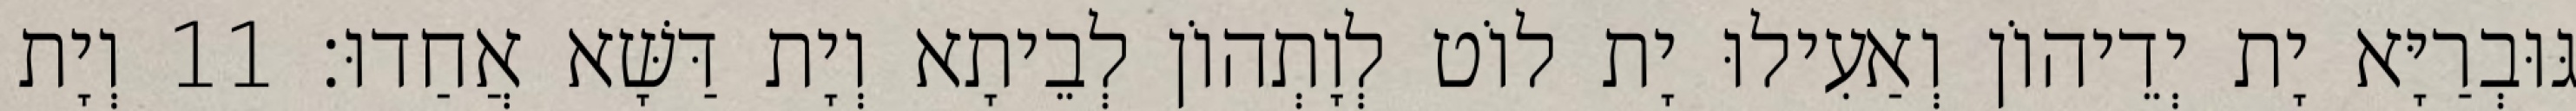
גּוּבְרַיָּא יָת יְדֵיהוֹן וְאַעִילוּ יָת לוֹט לְוָתְהוֹן לְבֵיתָא וְיָת דַּשָּׁא אֲחַדוּ׃ 11 וְיָת